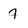
Character: 7